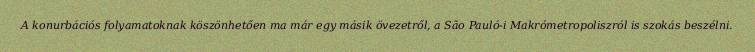
A konurbációs folyamatoknak köszönhetően ma már egy másik övezetről, a São Pauló-i Makrómetropoliszról is szokás beszélni.